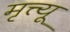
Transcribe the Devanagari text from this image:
मृत्त्यू